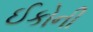
ઈકોની